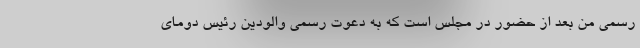
رسمی من بعد از حضور در مجلس است که به دعوت رسمی والودین رئیس دومای